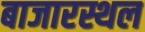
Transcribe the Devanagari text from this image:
बाजारस्थल